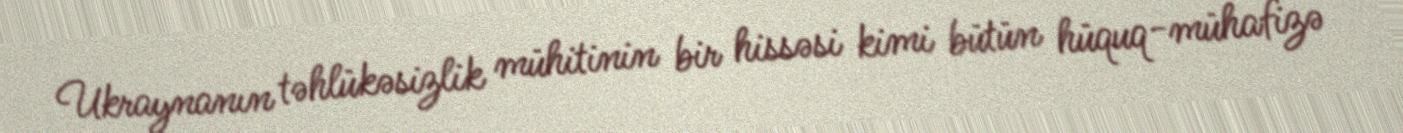
Ukraynanın təhlükəsizlik mühitinin bir hissəsi kimi bütün hüquq-mühafizə